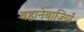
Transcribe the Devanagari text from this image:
बहानेबाजियाँ